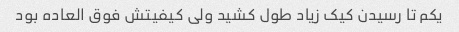
یکم تا رسیدن کیک زیاد طول کشید ولی کیفیتش فوق العاده بود